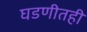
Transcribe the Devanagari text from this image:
घडणीतही